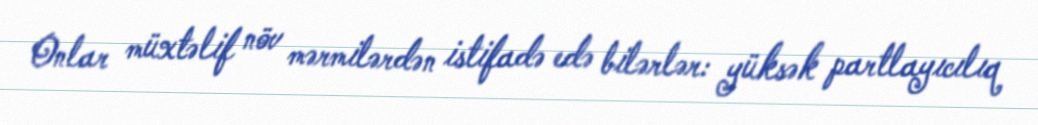
Onlar müxtəlif növ mərmilərdən istifadə edə bilərlər: yüksək partlayıcılıq